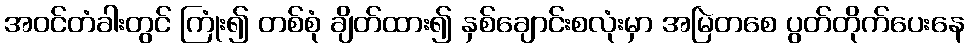
အဝင်တံခါးတွင် ကြုံး၍ တစ်စုံ ချိတ်ထား၍ နှစ်ချောင်းစလုံးမှာ အမြဲတစေ ပွတ်တိုက်ပေးနေ